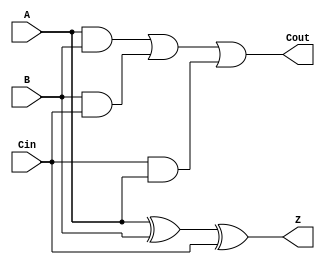
`timescale 1ns / 1ps
//////////////////////////////////////////////////////////////////////////////////

//////////////////////////////////////////////////////////////////////////////////
module Fulladder1bit(
    input A, B, Cin,
    output Z, Cout
    );

assign Z= A^B^Cin;
assign Cout = A&B | B&Cin | Cin&A;


endmodule